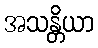
အသန္တိယာ